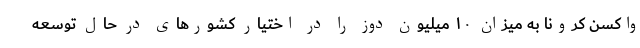
واکسن کرونا به میزان ۱۰ میلیون دوز را در اختیار کشور‌های در حال توسعه